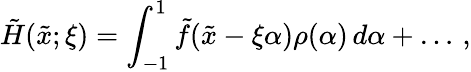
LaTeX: \tilde{H}(\tilde{x};\xi)=\int_{-1}^{1}\tilde{f}(\tilde{x}-\xi\alpha)\rho(\alpha)\, d\alpha+\ldots\, ,